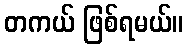
တကယ် ဖြစ်ရမယ်။